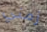
زمني